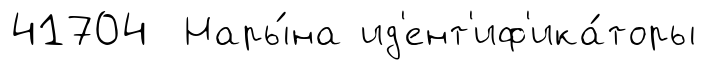
41704 Нары́на ид'ент'иф'ика́торы